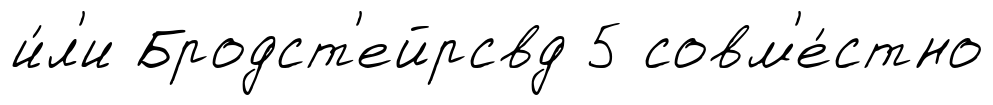
и́л'и Бродст'ейрсвд 5 совм'е́стно